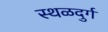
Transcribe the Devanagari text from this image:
स्थळदुर्ग